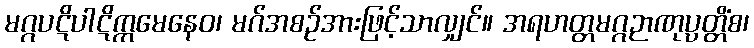
မဂ္ဂပဋိပါဋိက္ကမေနေဝ၊ မဂ်အစဉ်အားဖြင့်သာလျှင်။ အရဟတ္တမဂ္ဂဉာဏုပ္ပတ္တိံစ၊